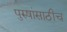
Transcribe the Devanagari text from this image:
पुरुषांसाठीच